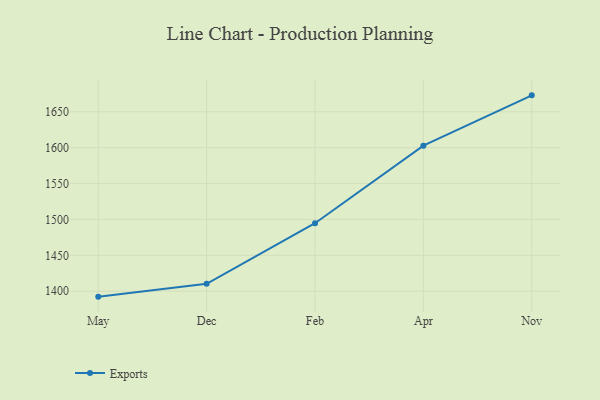
{"axis": {"x": "Month", "y": "Churn Rate (%)"}, "legend": ["Exports"], "data": [{"x": "May", "y": 1392.4, "type": "Exports"}, {"x": "Dec", "y": 1410.3, "type": "Exports"}, {"x": "Feb", "y": 1494.7, "type": "Exports"}, {"x": "Apr", "y": 1602.8, "type": "Exports"}, {"x": "Nov", "y": 1672.9, "type": "Exports"}]}